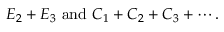
E _ { 2 } + E _ { 3 } { \mathrm { ~ a n d ~ } } C _ { 1 } + C _ { 2 } + C _ { 3 } + \cdots .